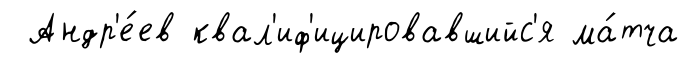
Андр'е́ев квал'иф'ицировавшийс'я ма́тча